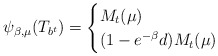
\begin{align*}\psi_{\beta,\mu}(T_{b^t})=\begin{cases}M_t(\mu)&\\(1-e^{-\beta}d)M_t(\mu)&\end{cases}\end{align*}